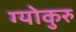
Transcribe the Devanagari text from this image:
ग्योकुरु